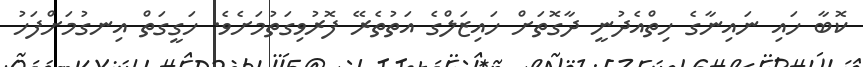
ކޮބާ ހައި ނައިނާގެ ހިތްއެދުނީ ދާގޮތަށް ހައިޒަލްގެ އަތުތެރޭ ފޮރުވިގަތުމަށެވެ. ހަގީގަތް އިނގުމަށްފަހު